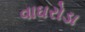
વાઘરોડા